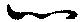
心